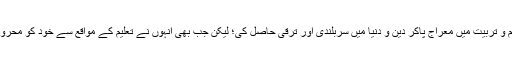
اسلامی تاریخ گواہ ہے کہ مسلمانوں نے تعلیم و تربیت میں معراج پاکر دین و دنیا میں سربلندی اور ترقی حاصل کی؛ لیکن جب بھی انہوں نے تعلیم کے مواقع سے خود کو محروم کیا وہ بحیثیت قوم اپنی شناخت کھو بیٹھے۔